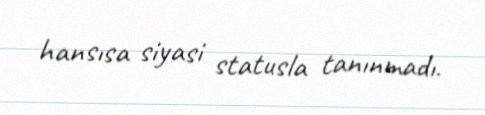
hansısa siyasi statusla tanınmadı.